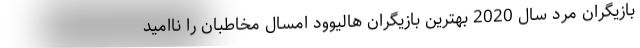
بازیگران مرد سال 2020 بهترین بازیگران هالیوود امسال مخاطبان را ناامید